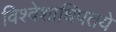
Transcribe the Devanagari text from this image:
विश्वेशाधिपतये